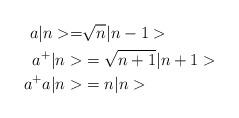
LaTeX: \begin{align*} a|n> =&\sqrt{n}|n-1> \\ a^+|n>& = \sqrt{n+1}|n+1>\\ a^+a|n>&=n|n>\end{align*}